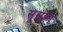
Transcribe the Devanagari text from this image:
सूसोन